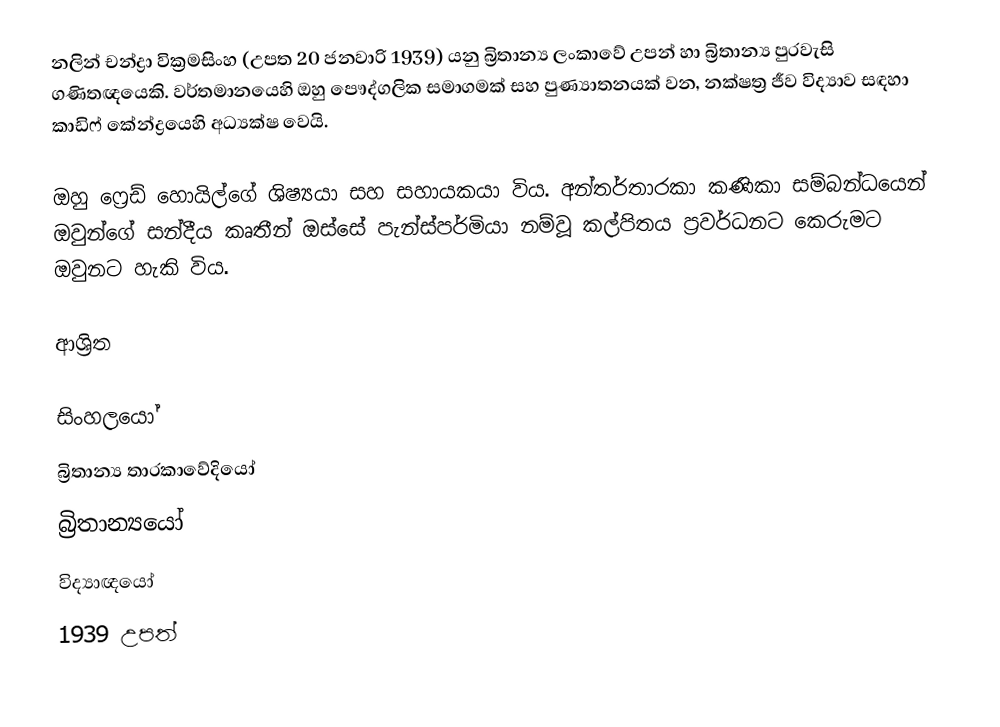
නලින් චන්ද්‍රා වික්‍රමසිංහ (උපත 20 ජනවාරි 1939) යනු බ්‍රිතාන්‍ය ලංකාවේ උපන් හා බ්‍රිතාන්‍ය පුරවැසි ගණිතඥයෙකි. වර්තමානයෙහි ඔහු පෞද්ගලික සමාගමක් සහ පුණ්‍යාතනයක් වන, නක්ෂත්‍ර ජීව විද්‍යාව සඳහා කාඩිෆ් කේන්ද්‍රයෙහි අධ්‍යක්ෂ වෙයි.

ඔහු   ෆ්‍රෙඩ් හොයිල්ගේ ශිෂ්‍යයා සහ සහායකයා  විය. අන්තර්තාරකා කණිකා සම්බන්ධයෙන් ඔවුන්ගේ සන්දීය කෘතීන් ඔස්සේ පැන්ස්පර්මියා නම්වූ කල්පිතය ප්‍රවර්ධනට කෙරුමට ඔවුනට හැකි විය.

ආශ්‍රිත

සිංහලයෝ
බ්‍රිතාන්‍ය තාරකාවේදියෝ
බ්‍රිතාන්‍යයෝ
විද්‍යාඥයෝ
1939 උපත්